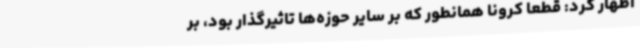
اظهار کرد: قطعا کرونا همانطور که بر سایر حوزه‌ها تاثیرگذار بود، بر